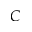
C